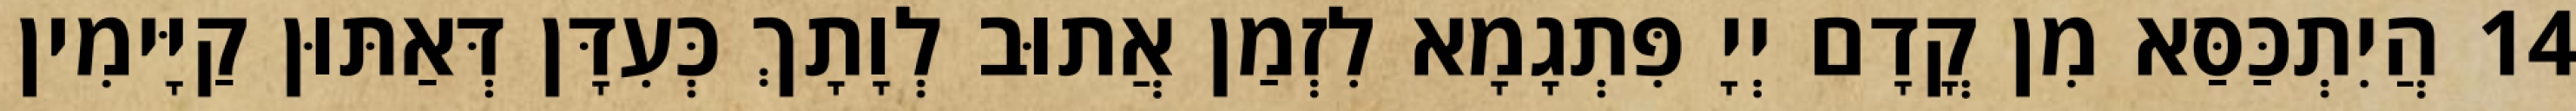
14 הֲיִתְכַּסַּא מִן קֳדָם יְיָ פִּתְגָמָא לִזְמַן אֲתוּב לְוָתָךְ כְּעִדָּן דְּאַתּוּן קַיָּימִין